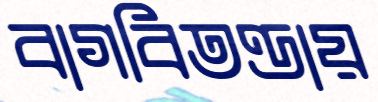
বাগবিতণ্ডায়